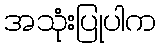
အသုံးပြုပါက